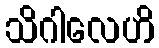
သိဂါလေဟိ